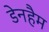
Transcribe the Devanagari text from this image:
डेनहैम